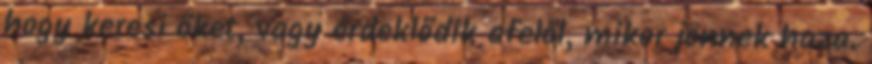
hogy keresi őket, vagy érdeklődik afelől, mikor jönnek haza.